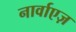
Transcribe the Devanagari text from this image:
नार्वाएज़